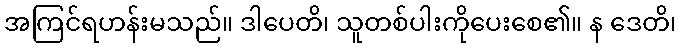
အကြင်ရဟန်းမသည်။ ဒါပေတိ၊ သူတစ်ပါးကိုပေးစေ၏။ န ဒေတိ၊